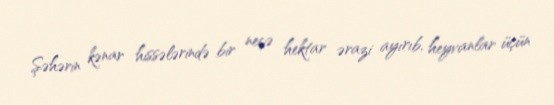
Şəhərin kənar hissələrində bir neçə hektar ərazi ayırıb, heyvanlar üçün